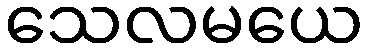
သေလမယေ